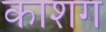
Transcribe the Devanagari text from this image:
काशग